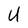
Character: U